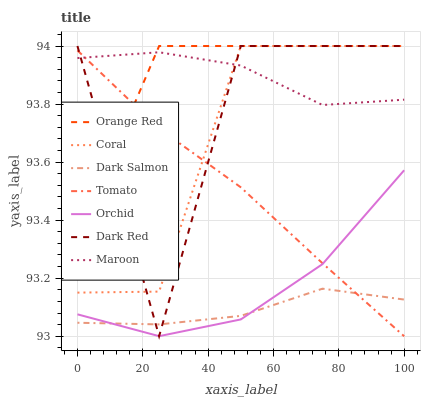
| xaxis_label | Orange Red | Coral | Dark Salmon | Tomato | Orchid | Dark Red | Maroon |
 | --- | --- | --- | --- | --- | --- | --- | --- |
 | 0 | 93.3 | 93.2 | 93 | 94 | 93.1 | 94 | 94 |
 | 25 | 94 | 93.2 | 93 | 93.7 | 93 | 93 | 94 |
 | 50 | 94 | 94 | 93.1 | 93.5 | 93.1 | 94 | 93.9 |
 | 75 | 94 | 94 | 93.2 | 93.3 | 93.2 | 94 | 93.8 |
 | 100 | 94 | 94 | 93.1 | 93 | 93.6 | 94 | 93.8 |